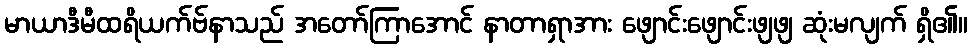
မာယာဒီမီထရိယက်ဗ်နာသည် အတော်ကြာအောင် နာတာရှာအား ဖျောင်းဖျောင်းဖျဖျ ဆုံးမလျက် ရှိ၏။